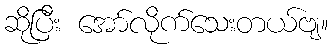
ဆိုပြီး အော်လိုက်သေးတယ်ဗျ။